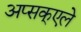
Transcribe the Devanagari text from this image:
अप्सक्एले